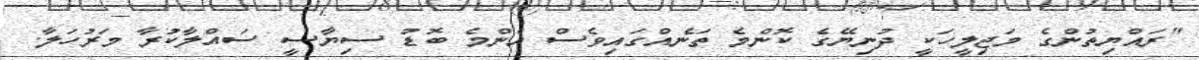
"ރައްޔިތުންގެ މަޖިލީހަކީ ދުނިޔޭގެ ކޮންމެ ތަނެއްގައިވެސް އެންމެ ބޮޑު ސިޔާސީ ސައްލާކުރާ މަރުހަލާ.